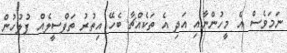
ނަމަވެސް އެ މީހުންނާއި އަދި އެ ތަކެއްޗާ ބެހޭ އިތުރު ތަފްސީލެއް ފުލުހުން